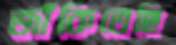
জাঁকিতেছি